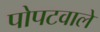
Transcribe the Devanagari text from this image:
पोपटवाले